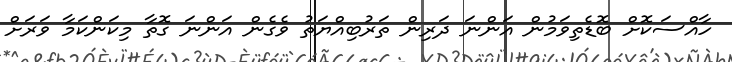
ހާއްސަކޮށް ބޮޑެތިވަމުން އަންނަ ދަރިން ތަރުބިއްޔަތު ވެގެން އަންނަ ގޮތާ މިކަންކަމާ ވަރަށް